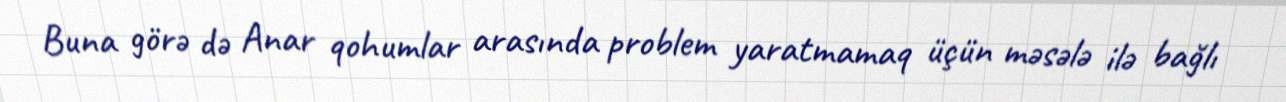
Buna görə də Anar qohumlar arasında problem yaratmamaq üçün məsələ ilə bağlı